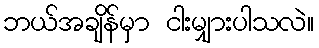
ဘယ်အချိန်မှာ ငါးမျှားပါသလဲ။